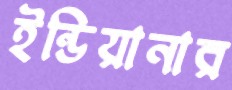
ইন্ডিয়ানার